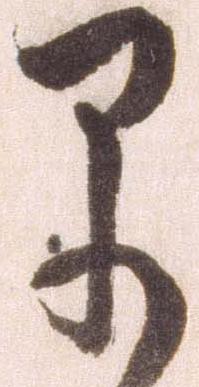
早